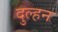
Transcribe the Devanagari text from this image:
दुल्‍हन